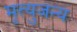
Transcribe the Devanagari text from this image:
मृत्युजन्य